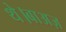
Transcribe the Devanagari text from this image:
थे।बाअज़